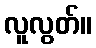
လူလွတ်။